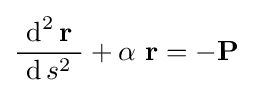
{\frac {\ \operatorname {d} ^{2}\mathbf {r} \ }{~\operatorname {d} s^{2}\ }}+\alpha \ \mathbf {r} =-\mathbf {P} \